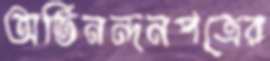
অভিনন্দনপত্রের